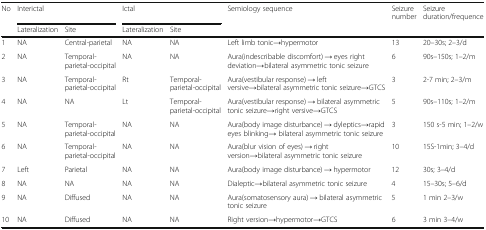
<table><thead><tr><td rowspan="2"><b>No</b></td><td colspan="2"><b>Interictal</b></td><td colspan="2"><b>Ictal</b></td><td><b>Semiology sequence</b></td><td><b>Seizure number</b></td><td><b>Seizure duration/frequence</b></td></tr><tr><td><b>Lateralization</b></td><td><b>Site</b></td><td><b>Lateralization</b></td><td><b>Site</b></td><td></td><td></td><td></td></tr></thead><tbody><tr><td>1</td><td>NA</td><td>Central-parietal</td><td>NA</td><td>NA</td><td>Left limb tonic→hypermotor</td><td>13</td><td>20–30s; 2–3/d</td></tr><tr><td>2</td><td>NA</td><td>Temporal-parietal-occipital</td><td>NA</td><td>NA</td><td>Aura(indescribable discomfort) → eyes right deviation→bilateral asymmetric tonic seizure</td><td>6</td><td>90s–150s; 1–2/m</td></tr><tr><td>3</td><td>NA</td><td>Temporal-parietal-occipital</td><td>Rt</td><td>Temporal-parietal-occipital</td><td>Aura(vestibular response) → left versive→bilateral asymmetric tonic seizure→GTCS</td><td>3</td><td>2-7 min; 2–3/m</td></tr><tr><td>4</td><td>NA</td><td>NA</td><td>Lt</td><td>Temporal-parietal-occipital</td><td>Aura(vestibular response) → bilateral asymmetric tonic seizure→right versive→GTCS</td><td>5</td><td>90s–110s; 1–2/m</td></tr><tr><td>5</td><td>NA</td><td>Temporal-parietal-occipital</td><td>NA</td><td>NA</td><td>Aura(body image disturbance) → dyleptics→rapid eyes blinking→ bilateral asymmetric tonic seizure</td><td>3</td><td>150 s-5 min; 1–2/w</td></tr><tr><td>6</td><td>NA</td><td>Temporal-parietal-occipital</td><td>NA</td><td>NA</td><td>Aura(blur vision of eyes) → right version→bilateral asymmetric tonic seizure</td><td>10</td><td>15S-1min; 3–4/d</td></tr><tr><td>7</td><td>Left</td><td>Parietal</td><td>NA</td><td>NA</td><td>Aura(body image disturbance) → hypermotor</td><td>12</td><td>30s; 3–4/d</td></tr><tr><td>8</td><td>NA</td><td>NA</td><td>NA</td><td>NA</td><td>Dialeptic→bilateral asymmetric tonic seizure</td><td>4</td><td>15–30s; 5–6/d</td></tr><tr><td>9</td><td>NA</td><td>Diffused</td><td>NA</td><td>NA</td><td>Aura(somatosensory aura) → bilateral asymmetric tonic seizure</td><td>5</td><td>1 min 2–3/w</td></tr><tr><td>10</td><td>NA</td><td>Diffused</td><td>NA</td><td>NA</td><td>Right version→hypermotor→GTCS</td><td>6</td><td>3 min 3–4/w</td></tr></tbody></table>